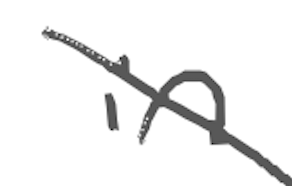
Text: in
Cross-out: mix
Writing tool: digital_gray